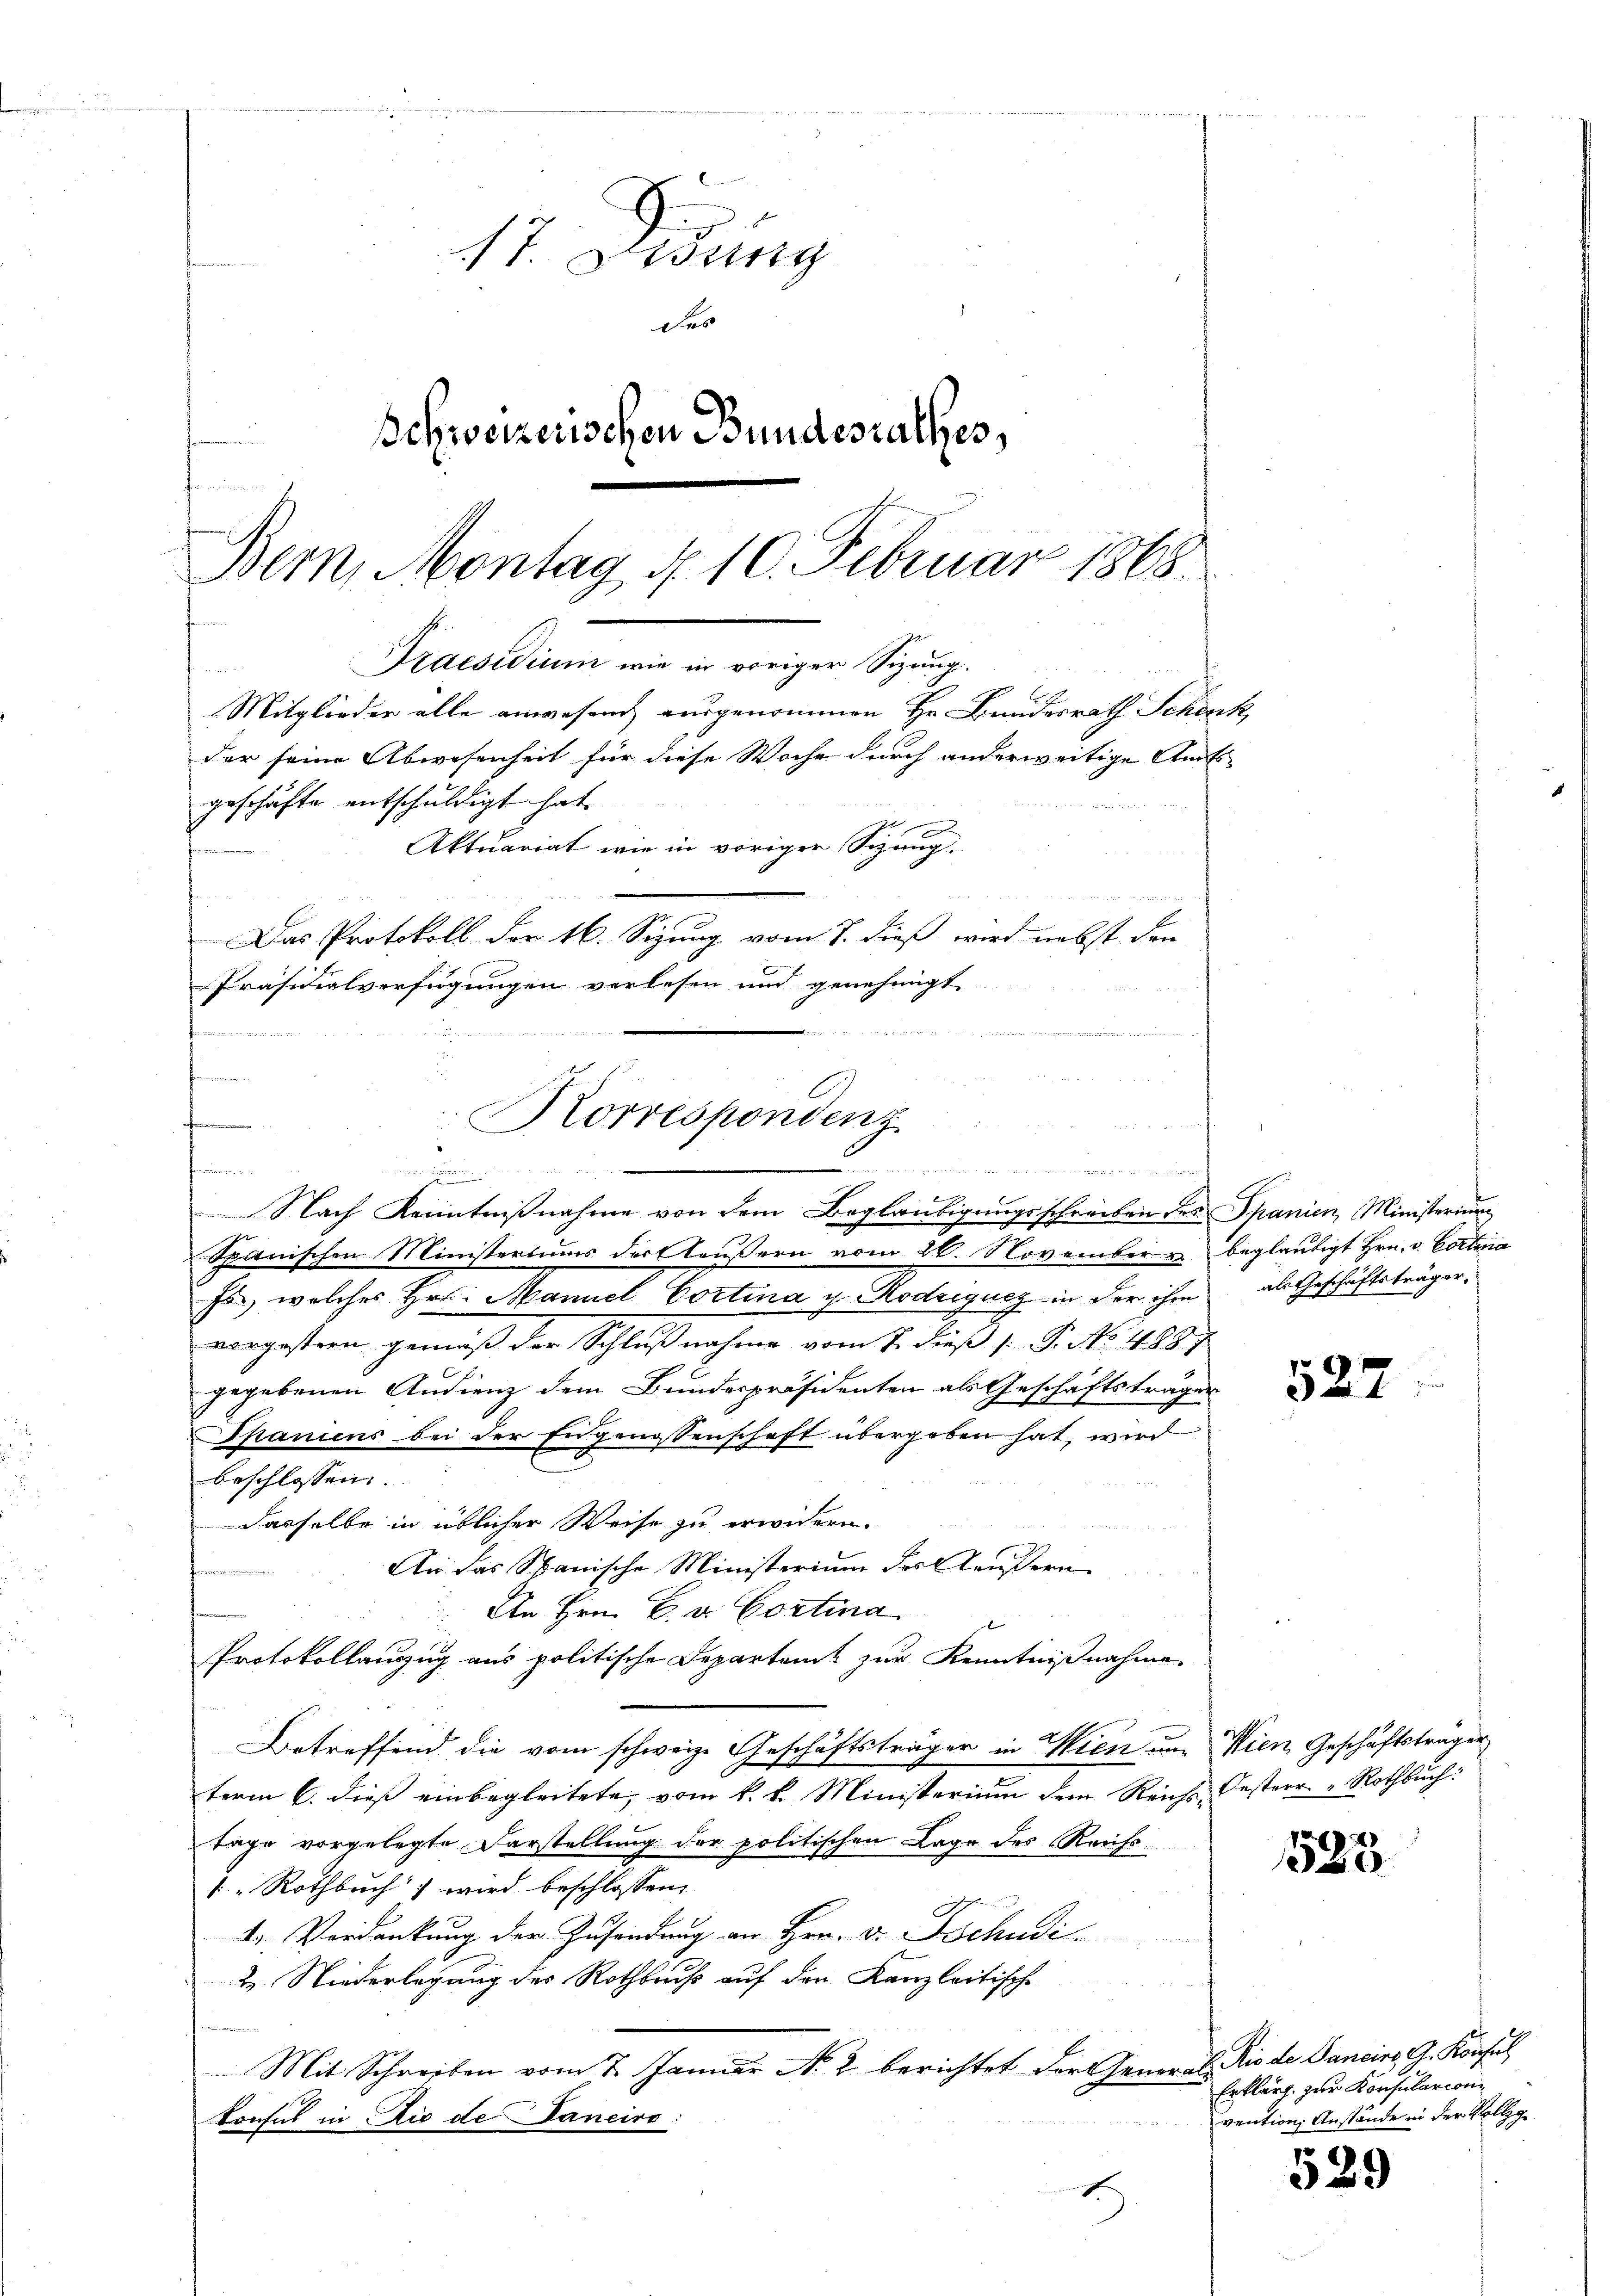
p
17. Disung
Des
Schweizerischen Bundesrathes,

Bem, Montag § 10. Februar 1868.
Praesidium wie in voriger Sizung.
u
Mitglieder alle anwesend ausgenommen Hr. Bundesrath Schenk,
der seine Abwesenheit für diese Woche durch anderweitige Amts-
geschäfte entschuldigt hat.

u werden wir wenn mache und wir ge
fnen

Aktuariat wie in voriger Sitzung.
Das Protokoll der 16. Sizung vom 7. dieß wird nebst den
Präsidialverfügungen verlesen und genehmigt
o
becommen von
t
Korrespondenz
.

Nach Kenntnißnahme von dem Beglaubigungsschreiben des Spanien, Ministerium
Spanischen Ministertums der Aeußern vom 20. November u. beglaubigt Hrn. v. Cortena
fs, welches Hrn. Mannel Cortina u. Rodrigueg in der ihm als Geschäftsträger,
vorgestern gemäß der Schlußnahme vom 7. dieß P. No. 4887
gegebenen Audienz dem Bundespräsidenten als Geschäftsträger
Spaniens bei der Eidgenossenschaft übergeben hat, wird
beschlossen:
dasselbe in üblicher Weise zu erwidern.
An das Spanische Ministerium des Käufern
An Hrn. F. v. Contina
Protokollauszug aus politische Departamt zur Kenntnißnahme
Betreffend die vom schweize Geschäftsträger in Wien um Wien Geschäftsträger
term 6. dieß einbegleitete, vom k. k. Ministerium dem Reich-Oesterr. Rothbuch:
Tage vorgelegte Darstellung der politischen Lage des Reichs
" Rothbuch) wird beschlossen:
4. Verdankung der Zusendung an Hrn. v. Tschudi
2. Niederlegung des Rothbruß auf den Kanzleitische
Mit Schreiben vom 7. Januar N. 2 berichtet der General-Rio de Janeins G. Konsul
konsul in die de Janeiro:

522:

523

Erklärt. zur Konsularion
vention, Anstände in der Vollz

529